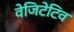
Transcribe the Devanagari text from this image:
वेजिटेटिव